Indian journal of veterinary science and animal husbandry - Volumes 24-25, 1954-1955
Year: 1954
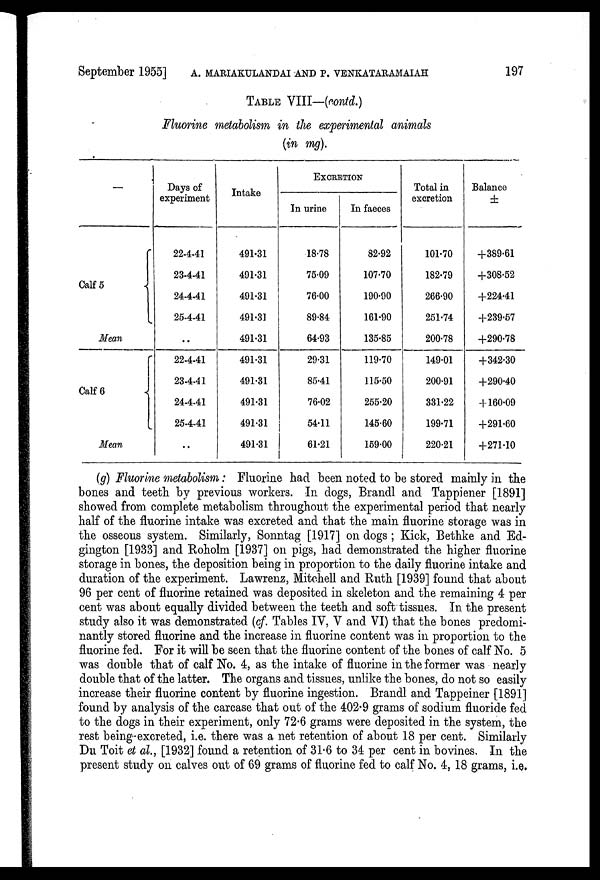
September 1955] A. MARIAKULANDAI AND P. VENKATARAMAIAH 197
TABLE VIII—(contd.)
Fluorine metabolism in the experimental animals
(in mg).
—
Calf 5
Mean
Calf 6
Mean
Days of
experiment
22-4-41
23-4-41
24-4-41
25-4-41
..
22-4-41
23-4-41
24-4-41
25-4-41
..
Intake
491.31
491.31
491.31
491.31
491.31
491.31
491.31
491.31
491.31
491.31
EXCRETION
In urine
18.78
75.09
76.00
89.84
64.93
29.31
85.41
76.02
54.11
61.21
In faeces
82.92
107.70
190.90
161.90
135.85
119.70
115.50
255.20
145.60
159.00
Total in
excretion
101.70
182.79
266.90
251.74
200.78
149.01
200.91
331.22
199.71
220.21
Balance
±
+389.61
+308.52
+224.41
+239.57
+290.78
+342.30
+290.40
+ 160.09
+291.60
+271.10
(g) Fluorine metabolism: Fluorine had been noted to be stored mainly in the
bones and teeth by previous workers. In dogs, Brandl and Tappiener [1891]
showed from complete metabolism throughout the experimental period that nearly
half of the fluorine intake was excreted and that the main fluorine storage was in
the osseous system. Similarly, Sonntag [1917] on dogs; Kick, Bethke and Ed-
gington [1933] and Roholm [1937] on pigs, had demonstrated the higher fluorine
storage in bones, the deposition being in proportion to the daily fluorine intake and
duration of the experiment. Lawrenz, Mitchell and Ruth [1939] found that about
96 per cent of fluorine retained was deposited in skeleton and the remaining 4 per
cent was about equally divided between the teeth and soft tissues. In the present
study also it was demonstrated (cf. Tables IV, V and VI) that the bones predomi-
nantly stored fluorine and the increase in fluorine content was in proportion to the
fluorine fed. For it will be seen that the fluorine content of the bones of calf No. 5
was double that of calf No. 4, as the intake of fluorine in the former was nearly
double that of the latter. The organs and tissues, unlike the bones, do not so easily
increase their fluorine content by fluorine ingestion. Brandl and Tappeiner [1891]
found by analysis of the carcase that out of the 402.9 grams of sodium fluoride fed
to the dogs in their experiment, only 72.6 grams were deposited in the system, the
rest being excreted, i.e. there was a net retention of about 18 per cent. Similarly
Du Toit et al., [1932] found a retention of 31.6 to 34 per cent in bovines. In the
present study on calves out of 69 grams of fluorine fed to calf No. 4, 18 grams, i.e.